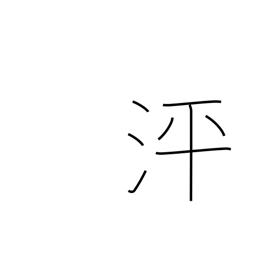
Meaning: surging water